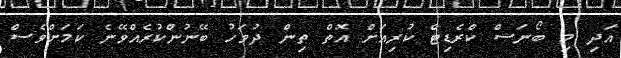
އަދި މި ބޯނަސް ކްރެޑިޓް ކުރިއަށް އޮތް ތިން ދުވަހު ބޭނުންކުރެއްވޭނެ ކަމަށްވެސް